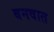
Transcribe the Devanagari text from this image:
बनवात